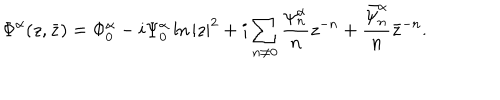
LaTeX: \Phi ^ { \alpha } ( z , \bar { z } ) = \Phi _ { 0 } ^ { \alpha } - i \Psi _ { 0 } ^ { \alpha } \ln | z | ^ { 2 } + i \sum _ { n \neq 0 } \frac { \psi _ { n } ^ { \alpha } } n z ^ { - n } + \frac { \bar { \psi } _ { n } ^ { \alpha } } n \bar { z } ^ { - n } .